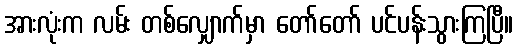
အားလုံးက လမ်း တစ်လျှောက်မှာ တော်တော် ပင်ပန်းသွားကြပြီ။